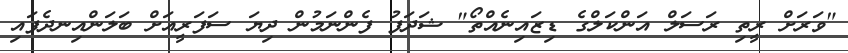
"ވަރަށް ރީތި ރަސަލް އަންކަލްގެ ޑިޒައިނެއްތޯ" ޝަދަފު ފެންނަމުން ދިޔަ ސަފަރީއަށް ބަލަންއިނދެފައި